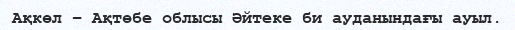
Ақкөл – Ақтөбе облысы Әйтеке би ауданындағы ауыл.